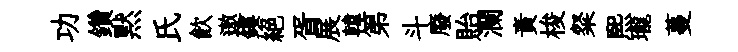
功鑽黙氏飮遨鏤絶胥展韓第斗廢貽瀾責梭粲煕瓏蔓